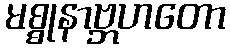
မစ္စုနာဗ္ဘဟတော